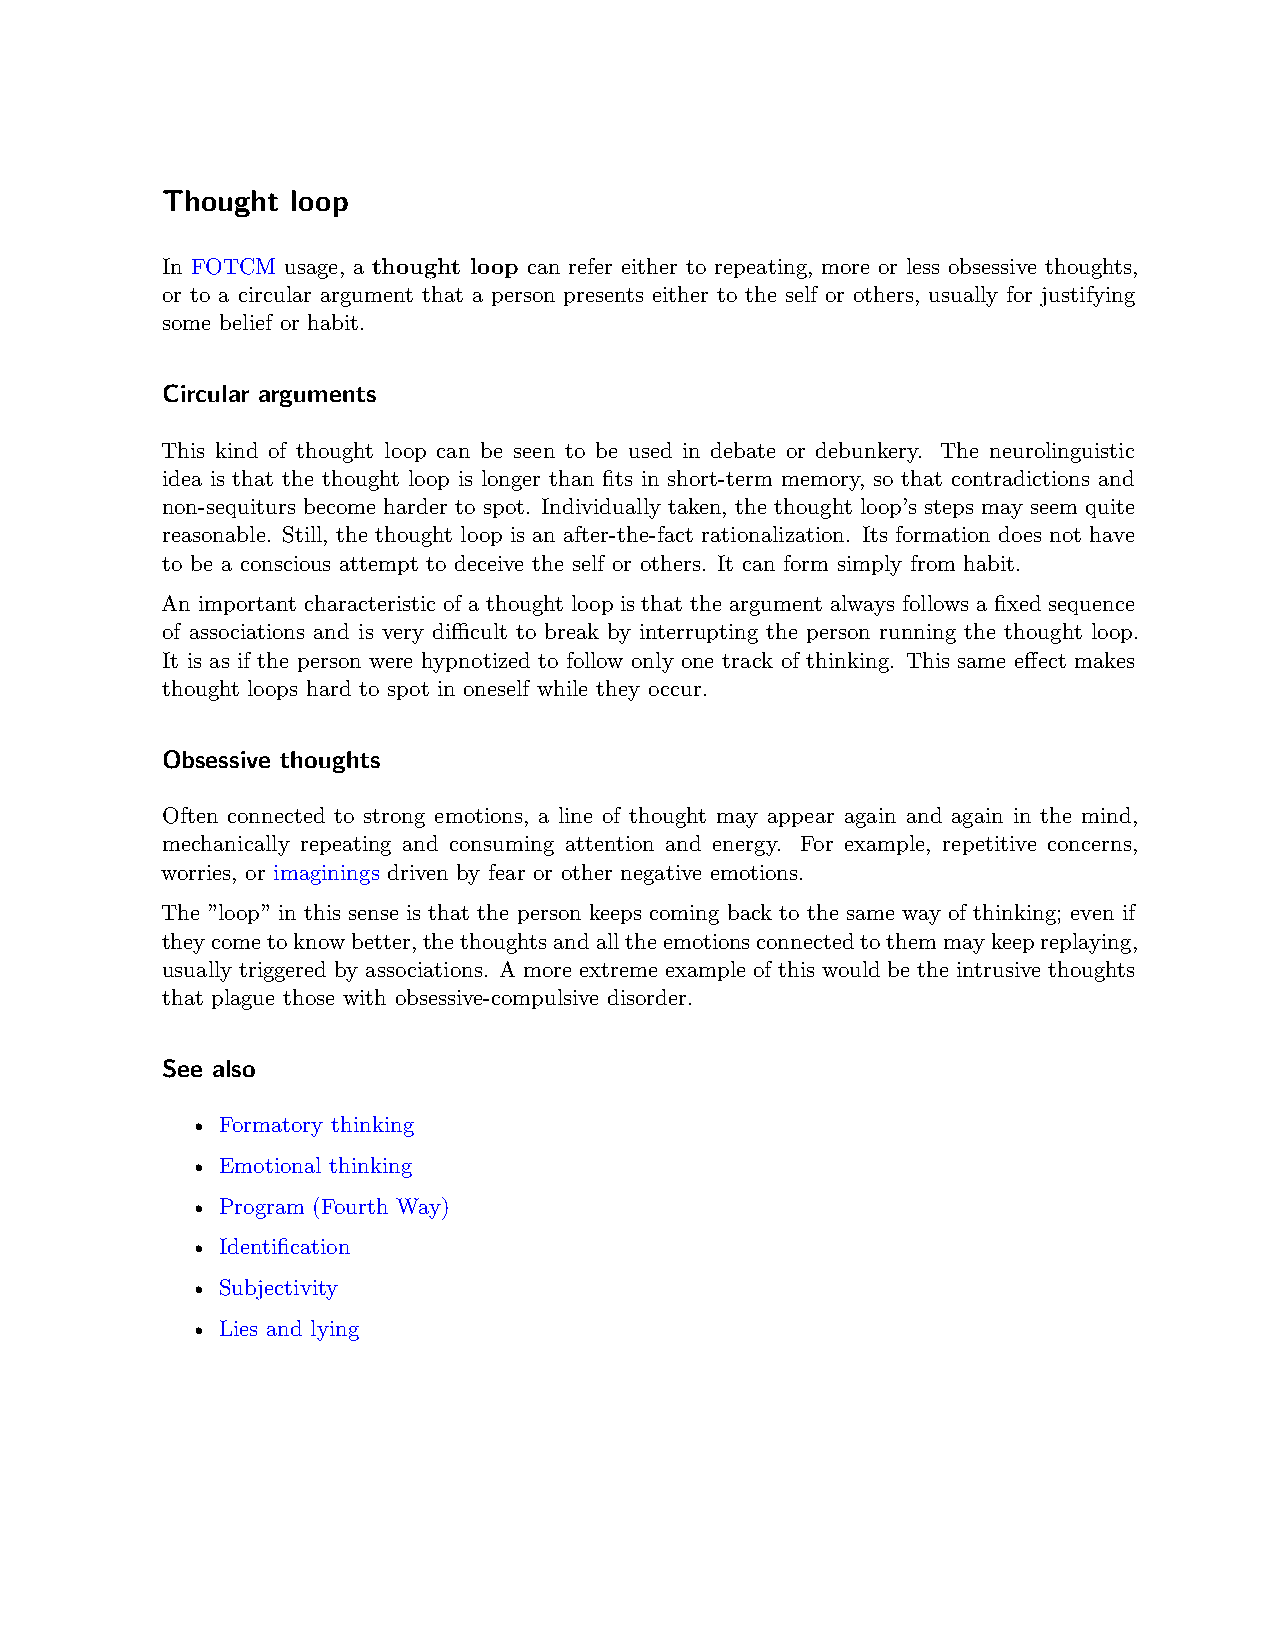
Thought loop
 In FOTCM usage, a thought loop can refer either to repeating, more or less obsessive thoughts,
 or to a circular argument that a person presents either to the self or others, usually for justifying
 some belief or habit.
 Circular arguments
 This kind of thought loop can be seen to be used in debate or debunkery. The neurolinguistic
 idea is that the thought loop is longer than fits in short-term memory, so that contradictions and
 non-sequiturs become harder to spot. Individually taken, the thought loop’s steps may seem quite
 reasonable. Still, the thought loop is an after-the-fact rationalization. Its formation does not have
 to be a conscious attempt to deceive the self or others. It can form simply from habit.
 An important characteristic of a thought loop is that the argument always follows a fixed sequence
 of associations and is very diﬀicult to break by interrupting the person running the thought loop.
 It is as if the person were hypnotized to follow only one track of thinking. This same effect makes
 thought loops hard to spot in oneself while they occur.
 Obsessive thoughts
 Often connected to strong emotions, a line of thought may appear again and again in the mind,
 mechanically repeating and consuming attention and energy. For example, repetitive concerns,
 worries, or imaginings driven by fear or other negative emotions.
 The ”loop” in this sense is that the person keeps coming back to the same way of thinking; even if
 theycometoknowbetter,thethoughtsandalltheemotionsconnectedtothemmaykeepreplaying,
 usually triggered by associations. A more extreme example of this would be the intrusive thoughts
 that plague those with obsessive-compulsive disorder.
 See also
 • Formatory thinking
 • Emotional thinking
 • Program (Fourth Way)
 • Identification
 • Subjectivity
 • Lies and lying